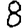
Digit: 8